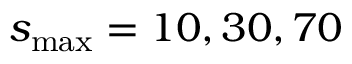
s _ { \mathrm { m a x } } = 1 0 , 3 0 , 7 0